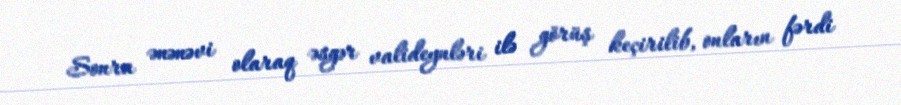
Sonra ənənəvi olaraq əsgər valideynləri ilə görüş keçirilib, onların fərdi